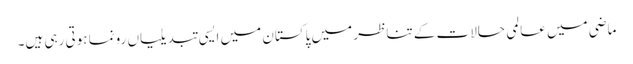
ماضی میں عالمی حالات کے تناظر میں پاکستان میں ایسی تبدیلیاں رونما ہوتی رہی ہیں۔